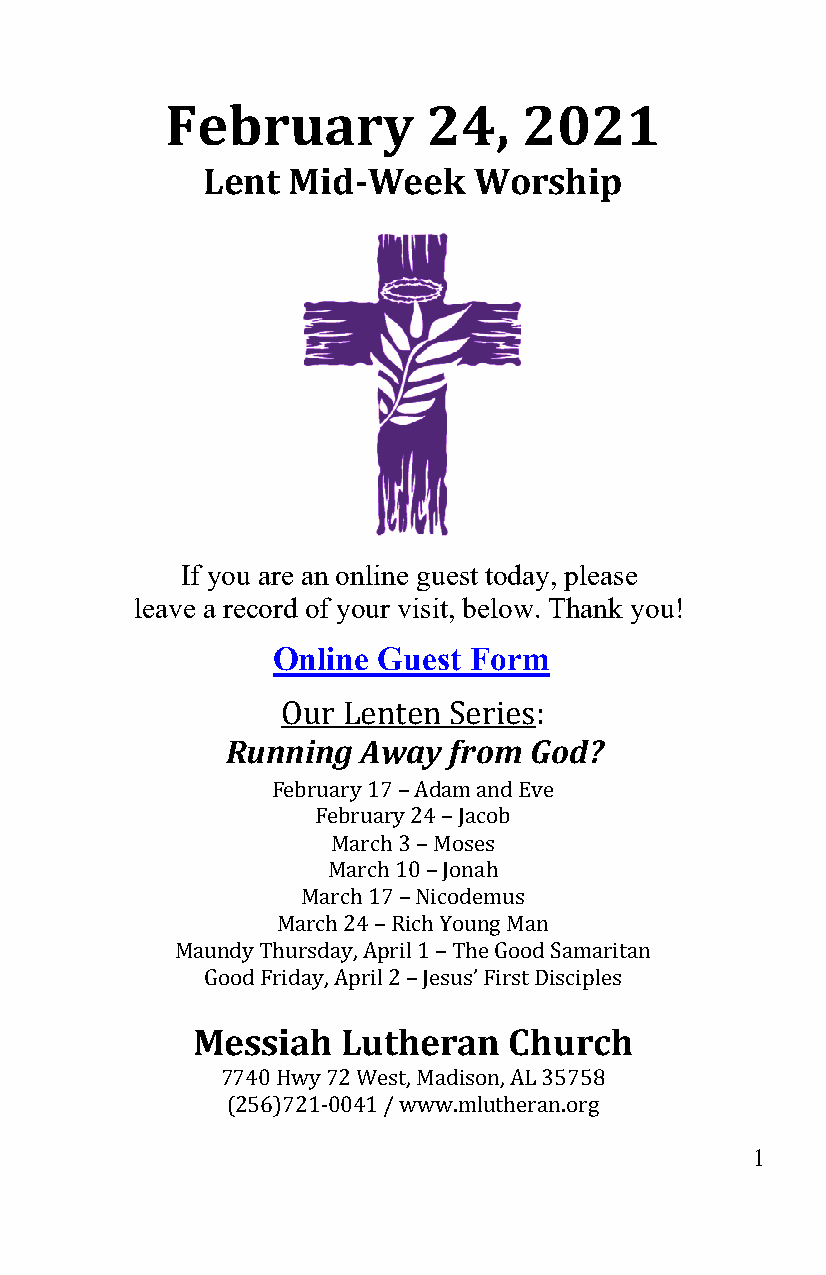
February         24,    2021
 Lent  Mid-Week    Worship
 If you are an online guest today, please
 leave a record of your visit, below. Thank you!
 Online Guest Form
 Running  Away  from God?
 Our Lenten Series:
 February 17 – Adam and Eve
 February 24 – Jacob
 March 3 – Moses
 March 10 – Jonah
 March 17 – Nicodemus
 March 24 – Rich Young Man
 Maundy Thursday, April 1 – The Good Samaritan
 Good Friday, April 2 – Jesus’ First Disciples
 Messiah   Lutheran   Church
 7740 Hwy 72 West, Madison, AL 35758
 (256)721-0041 / www.mlutheran.org  1